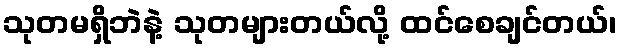
သုတမရှိဘဲနဲ့ သုတများတယ်လို့ ထင်စေချင်တယ်၊